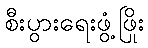
စီးပွားရေးဖွံ့ဖြိုး